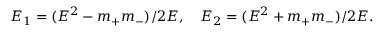
E _ { 1 } = ( E ^ { 2 } - m _ { + } m _ { - } ) / 2 E , \quad E _ { 2 } = ( E ^ { 2 } + m _ { + } m _ { - } ) / 2 E .